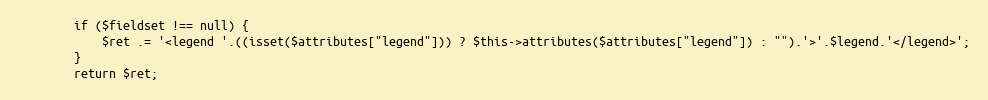
Language: PHP
        if ($fieldset !== null) {
            $ret .= '<legend '.((isset($attributes["legend"])) ? $this->attributes($attributes["legend"]) : "").'>'.$legend.'</legend>';
        }
        return $ret;